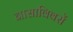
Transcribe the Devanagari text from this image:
नासाविवरों